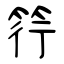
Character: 筕